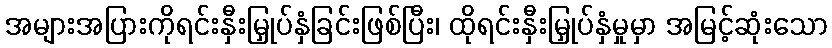
အများအပြားကိုရင်းနှီးမြှုပ်နှံခြင်းဖြစ်ပြီး၊ ထိုရင်းနှီးမြှုပ်နှံမှုမှာ အမြင့်ဆုံးသော